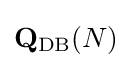
\mathbf {Q} _{\rm {DB}}(N)